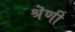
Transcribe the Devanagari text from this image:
श्रॆणी